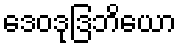
ဒေဝဒုဒြဘိယော